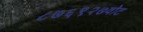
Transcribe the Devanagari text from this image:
८७६९२७वोट